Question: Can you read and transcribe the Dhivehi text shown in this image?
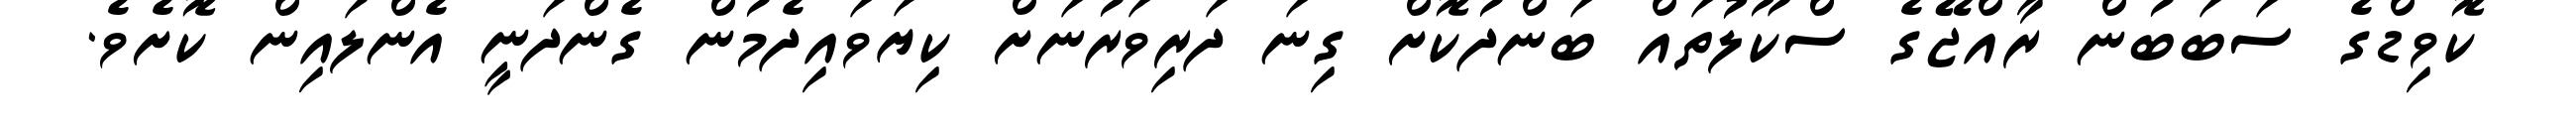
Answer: ކޮވިޑްގެ ސަބަބުން ރާއްޖޭގެ ސްކޫލުތައް ބަންދުކޮށް ގިނަ ދަރިވަރުނަށް ކިޔަވައިދެމުން ގެންދަނީ އެންލައިން ކޮށެވެ.